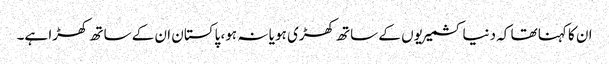
ان کا کہنا تھا کہ دنیا کشمیریوں کے ساتھ کھڑی ہو یا نہ ہو، پاکستان ان کے ساتھ کھڑا ہے۔